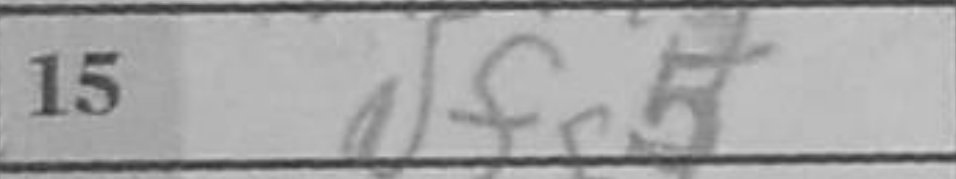
Transcription: Nfg5